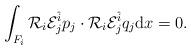
LaTeX: \begin{align*} \int_{F_i} \mathcal{R}_i \mathcal{E}_j^{\hat{i}}p_j \cdot\mathcal{R}_i \mathcal{E}_j^{\hat{i}} q_j \mathrm{d} x = 0.\end{align*}